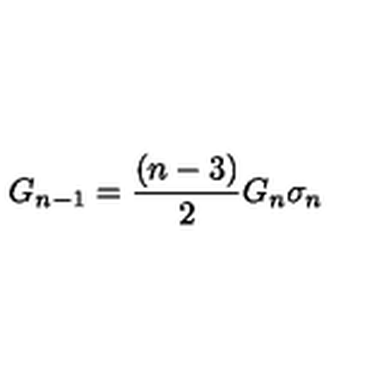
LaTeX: G _ { n - 1 } = \frac { ( n - 3 ) } { 2 } G _ { n } \sigma _ { n }